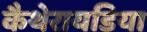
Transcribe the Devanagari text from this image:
कैथेरायडिया